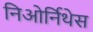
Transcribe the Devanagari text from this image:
निओर्निथेस